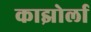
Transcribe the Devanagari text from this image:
काझोर्ला